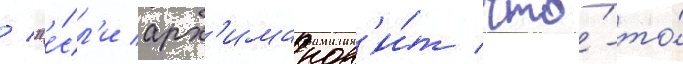
/ "е́сл'и арх'имандр'и́т что́-то́